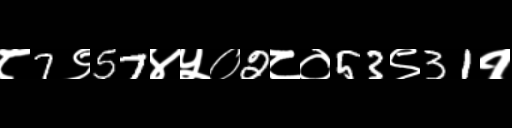
Text: ८7९57४५०2८०53९31१